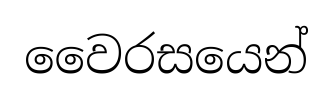
වෛරසයෙන්